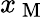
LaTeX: x_{\mathrm{~M~}}